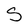
Character: S